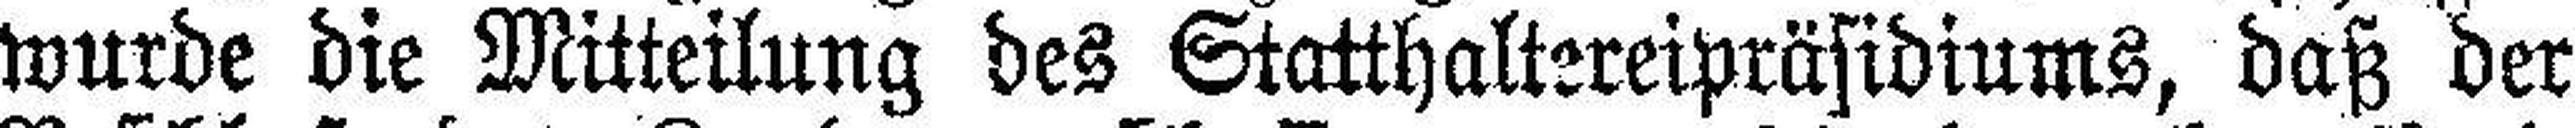
wurde die Mitteilung des Statthaltereipräsidiums, daß der